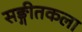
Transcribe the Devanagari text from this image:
सङ्गीतकला